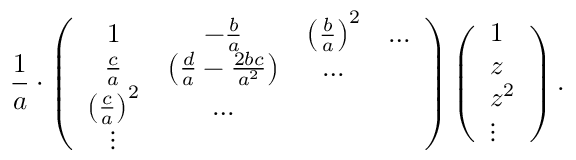
{ \frac { 1 } { a } } \cdot \left( \begin{array} { c c c c } { { 1 } } & { { - { \frac { b } { a } } } } & { { \left( { \frac { b } { a } } \right) ^ { 2 } } } & { { \dots } } \\ { { { \frac { c } { a } } } } & { { \left( { \frac { d } { a } } - { \frac { 2 b c } { a ^ { 2 } } } \right) } } & { { \dots } } & { { } } \\ { { \left( { \frac { c } { a } } \right) ^ { 2 } } } & { { \dots } } & { { } } & { { } } \\ { { \vdots } } & { { } } & { { } } & { { } } \end{array} \right) \left( \begin{array} { l } { { 1 } } \\ { { z } } \\ { { { z } ^ { 2 } } } \\ { { \vdots } } \end{array} \right) .